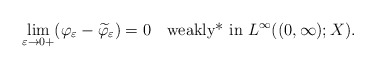
\begin{align*}\displaystyle \lim_{\varepsilon \to 0+} (\varphi_\varepsilon - \widetilde \varphi_\varepsilon)= 0 \quad\mbox{\rm weakly* in }L^\infty((0,\infty);X).\end{align*}